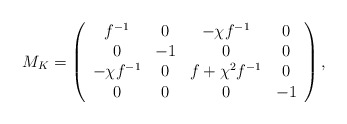
\begin{align*}M_{K}=\left(\begin{array}{cccc}f^{-1}&0&-\chi f^{-1}&0\\ 0&-1&0&0\\ -\chi f^{-1}&0&f+\chi^2f^{-1}&0\\ 0&0&0&-1\\\end{array}\right) , \end{align*}